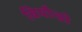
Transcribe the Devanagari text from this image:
बियौन्डो